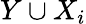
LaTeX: Y\cup X_{i}